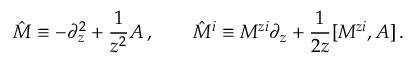
\hat { M } \equiv - \partial _ { z } ^ { 2 } + \frac { 1 } { z ^ { 2 } } A \, , \qquad \hat { M } ^ { i } \equiv M ^ { z i } \partial _ { z } + \frac { 1 } { 2 z } [ M ^ { z i } , A ] \, .